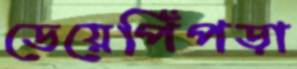
ডেয়েপিঁপড়া